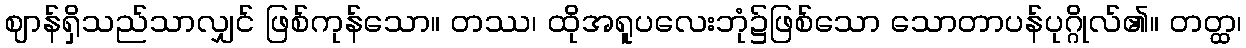
ဈာန်ရှိသည်သာလျှင် ဖြစ်ကုန်သော။ တဿ၊ ထိုအရူပလေးဘုံ၌ဖြစ်သော သောတာပန်ပုဂ္ဂိုလ်၏။ တတ္ထ၊